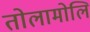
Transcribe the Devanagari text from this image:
तोलामोलि